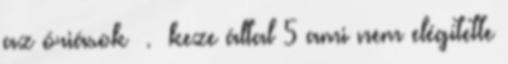
az óriások . keze által 5 ami nem elégítette